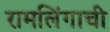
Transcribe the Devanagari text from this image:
रामलिंगाची